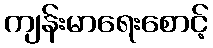
ကျန်းမာရေးစောင့်